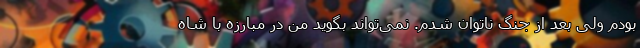
بودم ولی بعد از جنگ ناتوان شدم. نمی‌تواند بگوید من در مبارزه با شاه